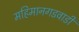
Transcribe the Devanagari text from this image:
महिमानगडवाडी